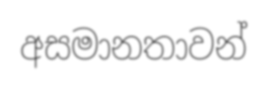
අසමානතාවන්